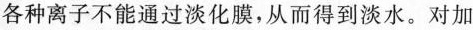
各种离子不能通过淡化膜，从而得到淡水。对加